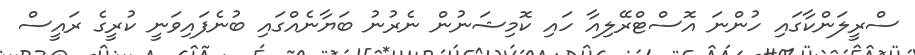
ސްރީލަންކާގައި ހުންނަ އޮސްޓްރޭލިއާ ހައި ކޮމިޝަނުން ނެރުނު ބަޔާނެއްގައި ބުނެފައިވަނީ ކުރީގެ ރައީސް